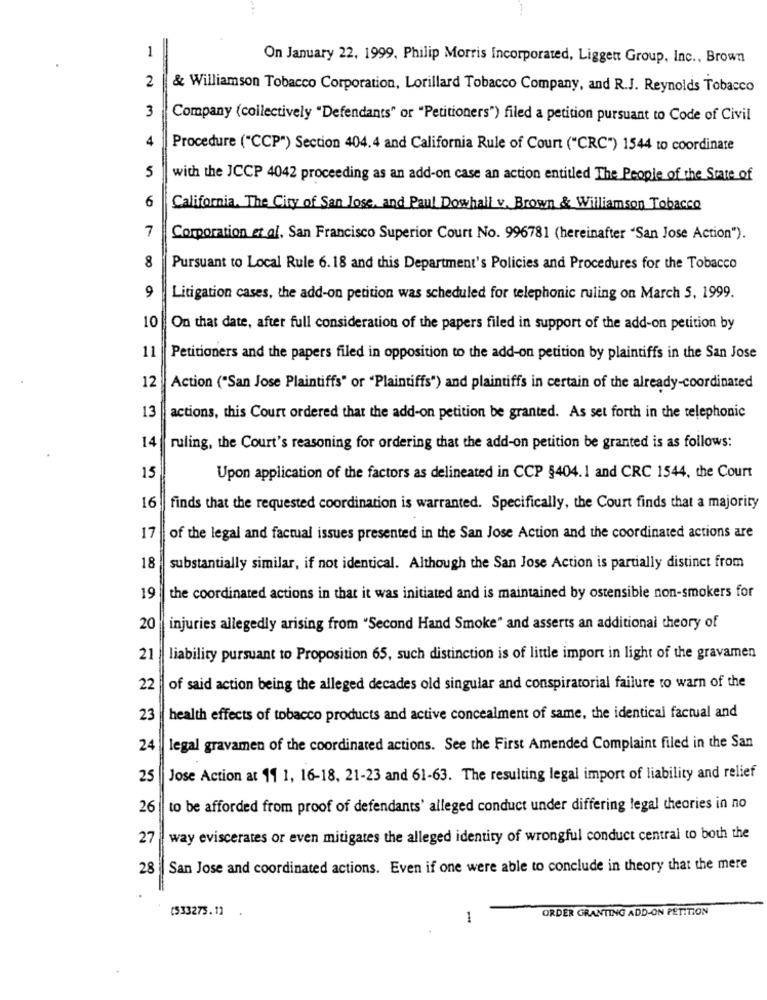
1
On January 22, 1999, Philip Morris Incorporated, Liggett Group, Inc ., Brown
2
& Williamson Tobacco Corporation, Lorillard Tobacco Company, and R.J. Reynolds Tobacco
3
Company (collectively "Defendants" or "Petitioners") filed a petition pursuant to Code of Civil
4
Procedure ("CCP") Section 404.4 and California Rule of Court ("CRC") 1544 to coordinate
5
with the JCCP 4042 proceeding as an add-on case an action entitled The People of the State of
6
California. The City of San Jose, and Paul Dowhali v. Brown & Williamson Tobacco
7
Corporation et al, San Francisco Superior Court No. 996781 (hereinafter "San Jose Action").
8
Pursuant to Local Rule 6.18 and this Department's Policies and Procedures for the Tobacco
9
Litigation cases, the add-on petition was scheduled for telephonic ruling on March 5, 1999.
10
On that date, after full consideration of the papers filed in support of the add-on petition by
11
Petitioners and the papers filed in opposition to the add-on petition by plaintiffs in the San Jose
12
Action ("San Jose Plaintiffs" or "Plaintiffs") and plaintiffs in certain of the already-coordinated
13
actions, this Court ordered that the add-on petition be granted. As set forth in the telephonic
14
ruling, the Court's reasoning for ordering that the add-on petition be granted is as follows:
15
Upon application of the factors as delineated in CCP 5404.1 and CRC 1544, the Court
16
finds that the requested coordination is warranted. Specifically, the Court finds that a majority
17
of the legal and factual issues presented in the San Jose Action and the coordinated actions are
18
substantially similar, if not identical. Although the San Jose Action is partially distinct from
19
the coordinated actions in that it was initiated and is maintained by ostensible non-smokers for
20
injuries allegedly arising from "Second Hand Smoke" and asserts an additional theory of
21
liability pursuant to Proposition 65, such distinction is of little import in light of the gravamen
22
of said action being the alleged decades old singular and conspiratorial failure to warn of the
23
health effects of tobacco products and active concealment of same, the identical factual and
24
legal gravamen of the coordinated actions. See the First Amended Complaint filed in the San
25
Jose Action at 11 1, 16-18, 21-23 and 61-63. The resulting legal import of liability and relief
26
to be afforded from proof of defendants' alleged conduct under differing legal theories in no
27
way eviscerates or even mitigates the alleged identity of wrongful conduct central to both the
28 San Jose and coordinated actions. Even if one were able to conclude in theory that the mere
ORDER GRANTING ADD-ON PETITION
(533275.1] .
1